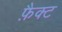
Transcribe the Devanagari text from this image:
फ़ैक्ट